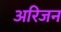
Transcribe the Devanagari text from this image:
अरिजन